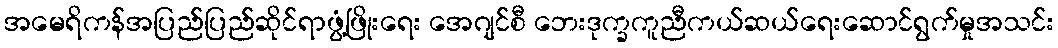
အမေရိကန်အပြည်ပြည်ဆိုင်ရာဖွံ့ဖြိုးရေး အေဂျင်စီ ဘေးဒုက္ခကူညီကယ်ဆယ်ရေးဆောင်ရွက်မှုအသင်း